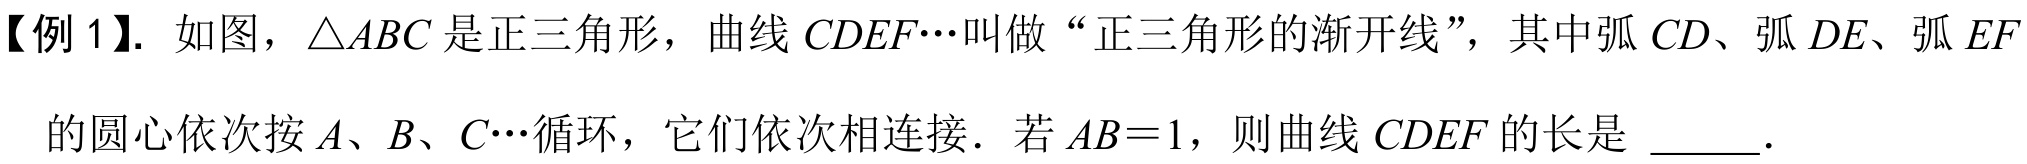
【例 1】. 如图，\(\triangle ABC\)是正三角形，曲线 \(CDEF\cdots\)叫做“正三角形的渐开线”，其中弧 \(CD\)、弧 \(DE\)、弧 \(EF\)
的圆心依次按 \(A\)、\(B\)、\(C\cdots\)循环，它们依次相连接．若 \(AB = 1\)，则曲线 \(CDEF\) 的长是 \(\underline{\quad\quad}\).